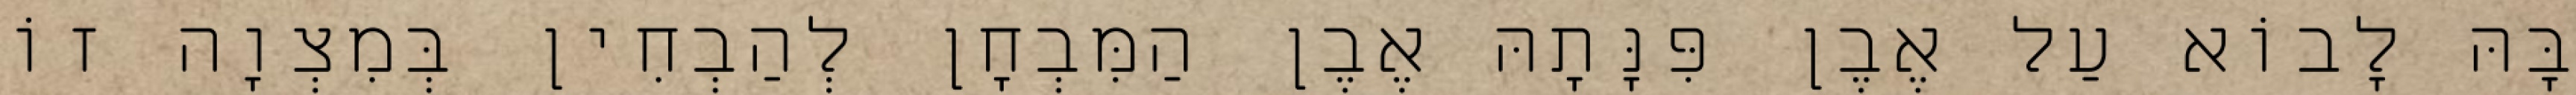
בָּהּ לָבוֹא עַל אֶבֶן פִּנָּתָהּ אֶבֶן הַמִּבְחָן לְהַבְחִין בְּמִצְוָה זוֹ